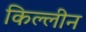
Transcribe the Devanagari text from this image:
किल्लीन